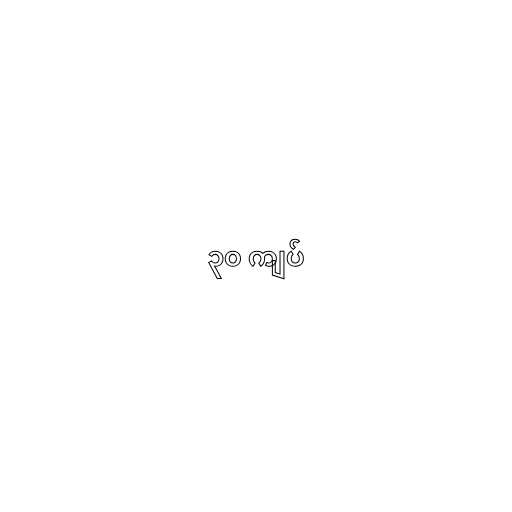
၃၀ ကျပ်